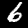
Digit: 6